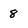
Character: 8